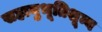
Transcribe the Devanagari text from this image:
सहानुभूतिशून्य